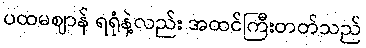
ပထမဈာန် ရရုံနဲ့လည်း အထင်ကြီးတတ်သည်